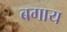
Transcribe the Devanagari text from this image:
बगाय